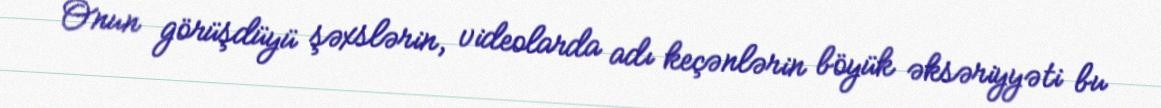
Onun görüşdüyü şəxslərin, videolarda adı keçənlərin böyük əksəriyyəti bu